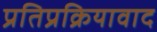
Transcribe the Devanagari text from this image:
प्रतिप्रक्रियावाद